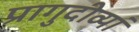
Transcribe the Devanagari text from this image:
प्रागुदीव्यां